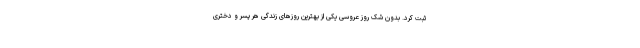
ثبت کرد. بدون شک روز عروسی یکی از بهترین روز‌های زندگی هر پسر و دختری